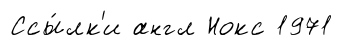
Ссы́лк'и англ Нокс 1971